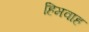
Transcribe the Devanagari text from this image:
हिमवाह